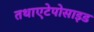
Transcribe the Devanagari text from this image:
तथाएटेपोसाइड